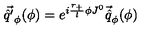
\vec { \hat { q } ^ { \prime } } _ { \phi } ( \phi ) = e ^ { i \frac { r _ { + } } { l } \phi J ^ { 0 } } \vec { \hat { q } } _ { \phi } ( \phi )